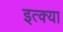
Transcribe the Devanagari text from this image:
इत्क्या